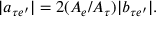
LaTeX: | a _ { \tau e ^ { \prime } } | = 2 ( A _ { e } / A _ { \tau } ) | b _ { \tau e ^ { \prime } } | .